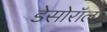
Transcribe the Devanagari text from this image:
डेसोरॉल